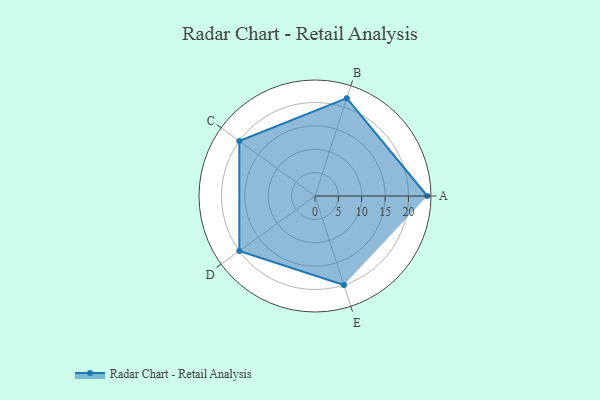
{"axis": {"x": "Skill", "y": "Score"}, "legend": ["Profile"], "data": [{"x": "A", "y": 24.0, "type": "Profile"}, {"x": "B", "y": 22.0, "type": "Profile"}, {"x": "C", "y": 20, "type": "Profile"}, {"x": "D", "y": 20, "type": "Profile"}, {"x": "E", "y": 20, "type": "Profile"}]}